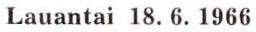
Lauantai 18. 6. 1966